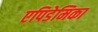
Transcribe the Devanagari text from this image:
एपिडेमिका